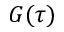
G ( \tau )